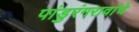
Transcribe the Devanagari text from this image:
पांडुरंगरावांचे